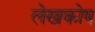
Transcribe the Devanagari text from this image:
लेखकोष